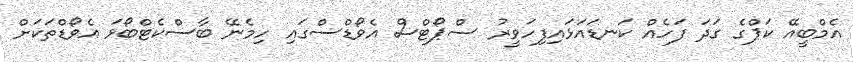
އެމްބީއޭ ކަޕްގެ ގަދަ ފަހެއް ކަނޑައަޅައިފިހަވީރު ސްޕޯޓްސް އެވޯޑްސްގައި ހިމެނޭ ބާސްކެޓްބޯޅަ އެވޯޑްތަކަށް